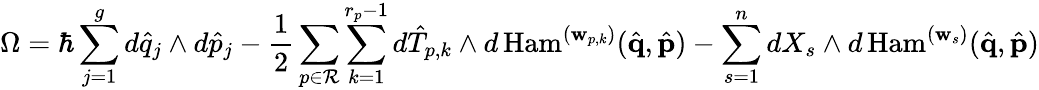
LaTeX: \Omega=\hbar\sum_{j=1}^{g}d\hat{q}_{j}\wedge d\hat{p}_{j}-\frac{1}{2}\sum_{p\in\mathcal{R}}\sum_{k=1}^{r_{p}-1}d\hat{T}_{p,k}\wedge d\, \mathrm{Ham}^{(\mathbf{w}_{p,k})}(\hat{\mathbf{q}},\hat{\mathbf{p}})-\sum_{s=1}^{n}dX_{s}\wedge d\, \mathrm{Ham}^{(\mathbf{w}_{s})}(\hat{\mathbf{q}},\hat{\mathbf{p}})